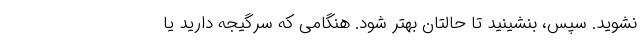
نشوید. سپس، بنشینید تا حالتان بهتر شود. هنگامی که سرگیجه دارید یا